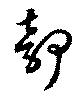
部